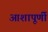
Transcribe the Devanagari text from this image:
आशापूर्णी